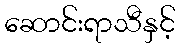
ဆောင်းရာသီနှင့်